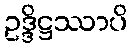
ဥဒ္ဒိဋ္ဌဿာပိ